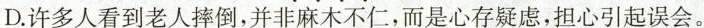
D.许多人看到老人摔倒，并非麻木不仁，而是心存疑虑，担心引起误会。